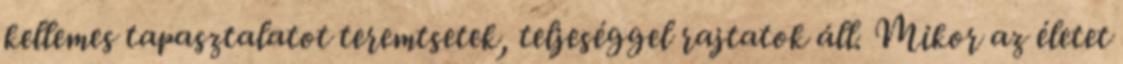
kellemes tapasztalatot teremtsetek, teljeséggel rajtatok áll. Mikor az életet